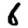
Digit: 6